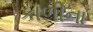
કાળીના